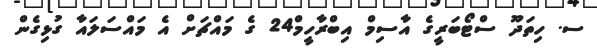
ސ. ހިތަދޫ ސްޓޯބަރީގެ އާސިމް އިބްރާހީމް24 ގެ މައްޗަށް އެ މައްސަލައާ ގުޅިގެން